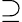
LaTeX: \supseteq